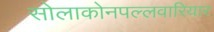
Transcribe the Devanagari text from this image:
सोलाकोनपल्लवारियार